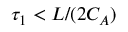
\tau _ { 1 } < L / ( 2 C _ { A } )